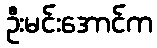
ဦးမင်းအောင်က